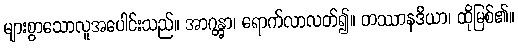
များစွာသောလူအပေါင်းသည်။ အာဂန္တွာ၊ ရောက်လာလတ်၍။ တဿာနဒိယာ၊ ထိုမြစ်၏။